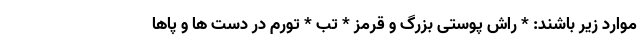
موارد زیر باشند: * راش پوستی بزرگ و قرمز * تب * تورم در دست ها و پاها